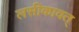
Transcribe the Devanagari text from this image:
लसीकावत्